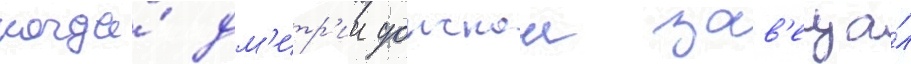
когда́ дм'итр'ии донскои зав'еща́л